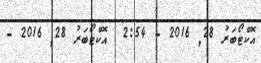
އޮކްޓޯބަރު 28